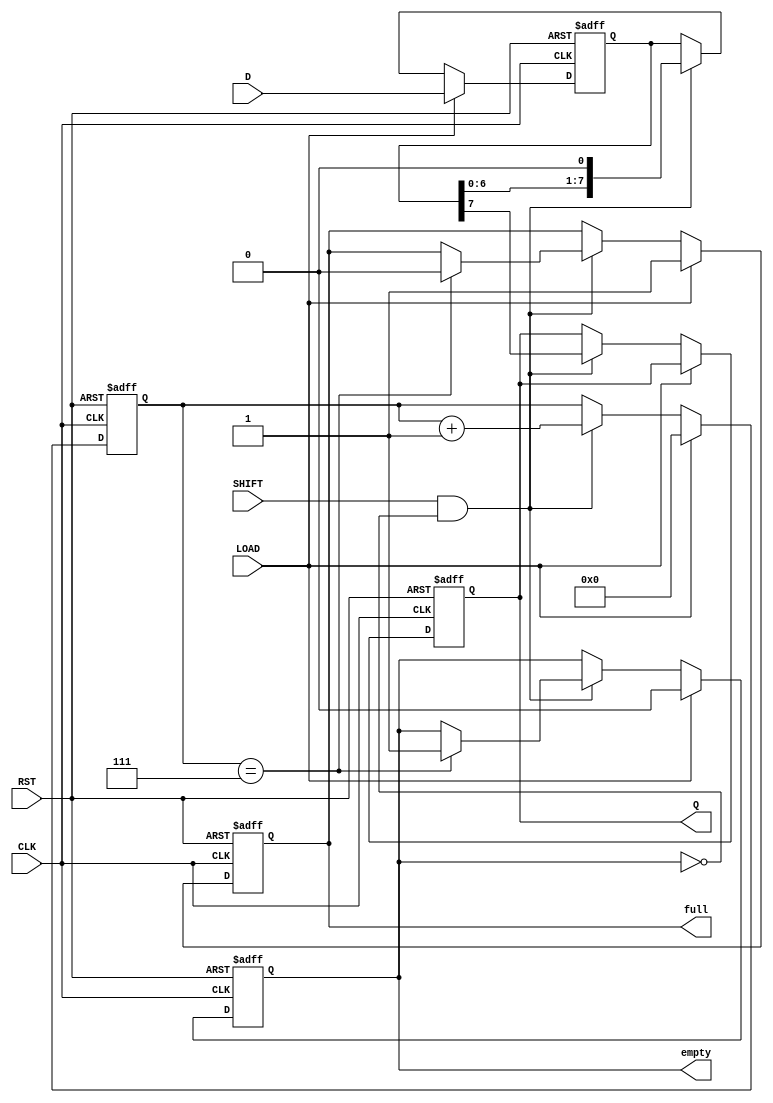
module PISO_Register #(
    parameter n = 8  // Parameter for the width of the data input
)(
    input wire [n-1:0] D,   // Parallel data input
    input wire LOAD,        // Load control signal
    input wire SHIFT,       // Shift control signal
    input wire CLK,         // Clock signal
    input wire RST,         // Asynchronous reset signal
    output reg Q,           // Serial output
    output reg full,        // Full indicator
    output reg empty        // Empty indicator
);

    // Internal register to hold the data
    reg [n-1:0] shift_reg;
    reg [3:0] count; // to keep track of how many bits have been shifted out

    // Asynchronous reset
    always @(posedge CLK or posedge RST) begin
        if (RST) begin
            shift_reg <= {n{1'b0}}; // Clear the register
            Q <= 1'b0;              // Clear output
            full <= 1'b0;           // Clear full indicator
            empty <= 1'b1;          // Set empty indicator
            count <= 4'b0;          // Reset count
        end else begin
            if (LOAD) begin
                shift_reg <= D;       // Load data into the register
                full <= 1'b1;         // Set full indicator
                empty <= 1'b0;        // Clear empty indicator
                count <= 4'b0;        // Reset count
            end else if (SHIFT && !empty) begin
                Q <= shift_reg[n-1];  // Output the MSB
                shift_reg <= {shift_reg[n-2:0], 1'b0}; // Shift left
                count <= count + 1;   // Increment count
                if (count == n-1) begin
                    empty <= 1'b1;     // Set empty if all bits are shifted out
                    full <= 1'b0;      // Clear full indicator
                end
            end
        end
    end

endmodule